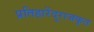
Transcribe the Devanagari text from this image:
प्रतिहारेंदुराजकृत